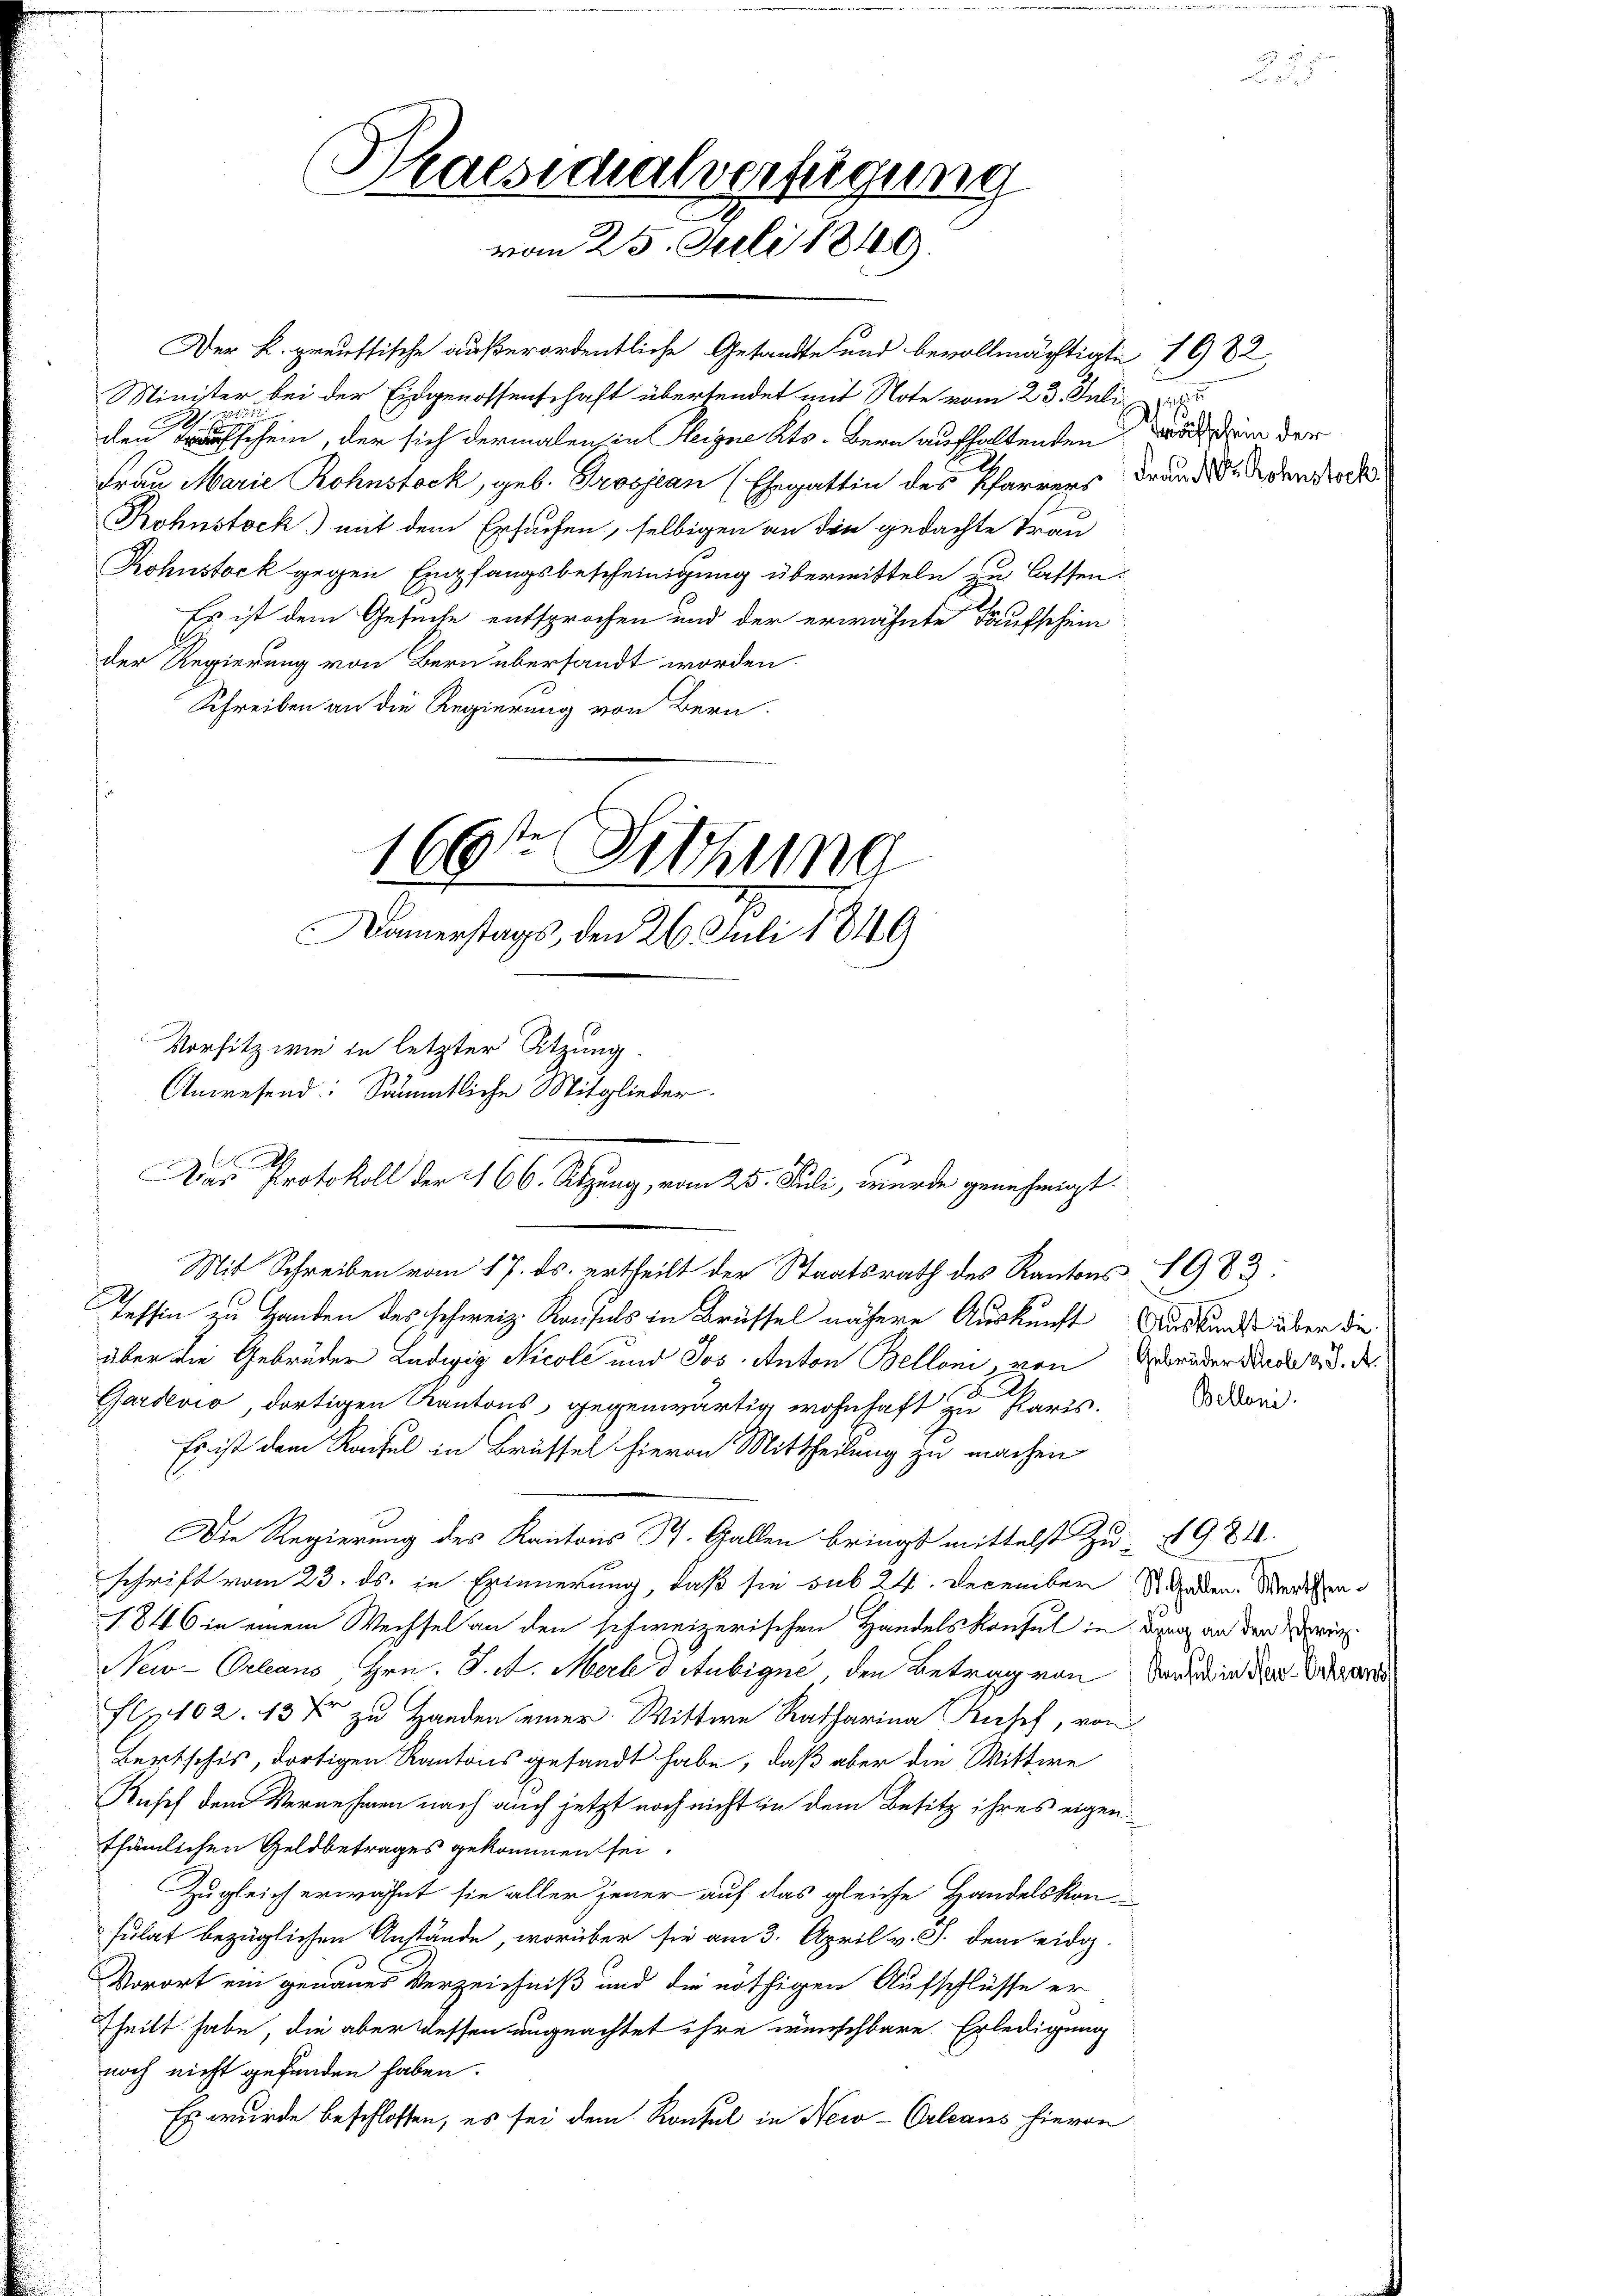
Praesidhalverfügung
vom 25. Juli 1849.

Der K. preussische außerordentliche Gesandte und bevollmächtigte 1982
Minister bei der Eidgenossenschaft übertendet mit Note vom 23. Juli
den sein, der sich dermalen in eigne Kts. Bern aufhaltenden in der
Frau Marie Rohnstock, geb. Brosjean (Ehegattin des Pfarrers Frau de de den doch
Rohnstock.) mit dem Ersuchen, selbigen an den gedachte Frau
Rohnstock gegen Empfangsbescheinigung übermitteln zu lassen.
Es ist dem Gesuche entsprochen und der erwähnte Taufschein
der Regierung von Bern übersandt worden.
Schreiben an die Regierung von Bern.
Damerstags, den 26. Juli 1849
x
Mit Schreiben vom 17. ds. ertheilt der Staatsrath des Kantons 8983:
Tessin zu Handen des Schweiz. Kaufels in Brüssel nähere Auskunft Auskunde über die
über die Gebrüder Ledigig Nicole und Jos. Anton Belloni, von
Gardevio, dortigen Kantons, gegenwärtig wohnhaft zu Paris.
Es ist dem Reifel in Brüssel hievon Mittheilung zu machen.
Die Regierung des Kantons St. Gallen bringt mittelst Zu- § 984.
schrift vom 23. ds. in Erinnerung, daß sie sub 24. December St. Gaden. Werthen
1846 in einem Wechsel an den schweizerischen Handelskonfel in den an den ein
New-Orleans, Hrn. J. A. Merl d Stubique, den Betrag von Band in der Wa
Fr102. 137 zu Handen einer Wittwe Ratharina Rosef, von
Lertschis, dortigen Kantons gesandt habe, daß aber die Wittwe
Rusch dem Vernehmen nach auch jetzt noch nicht in dem Besitz ihres eigen
thümlichen Geldbetrages gekommen sei.
Zugleich erwähnt sie aller jener auf das gleiche Handelskon-
sulat bezüglichen Anstände, worüber sie am 3. April v. J. dem eidg.
Vorort ein genaues Verzeichniß und die nöthigen Aufschlüsse er
Theilt habe, die aber dessen ungeachtet ihre wünschbare Erledigung
noch nicht gefunden haben.
Es wurde beschlossen, es sei dem Konsul in New-Orleans hievon

166t Sitzung

Vorsitz wie in letzter Sitzung.
Anwesend: Sämmtliche Mitglieder.
Das Protokoll der 166. Sitzung, vom 25. Juli, wurde genehmigt

Gebrüder Nicole 3 J. A.
Belleni